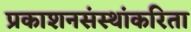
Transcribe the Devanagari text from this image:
प्रकाशनसंस्थांकरिता